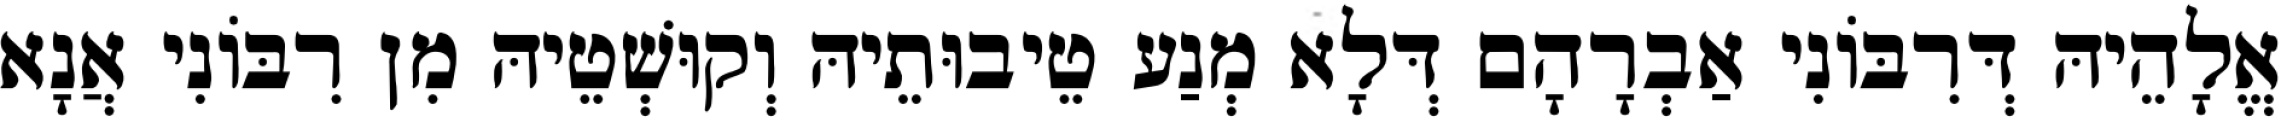
אֱלָהֵיהּ דְּרִבּוֹנִי אַבְרָהָם דְּלָא מְנַע טֵיבוּתֵיהּ וְקוּשְׁטֵיהּ מִן רִבּוֹנִי אֲנָא